Leaving Certificate Examination (including Day School Certificate (Higher) General paper), 1932
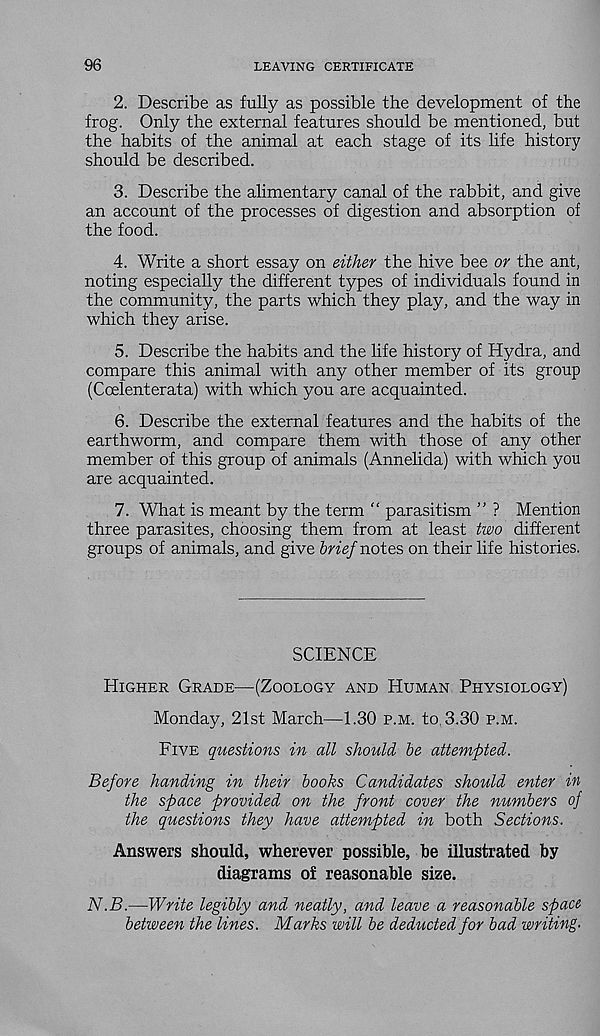
96
LEAVING CERTIFICATE
2. Describe as fully as possible the development of the
frog. Only the external features should be mentioned, but
the habits of the animal at each stage of its life history
should be described.
3. Describe the alimentary canal of the rabbit, and give
an account of the processes of digestion and absorption of
the food.
4. Write a short essay on either the hive bee or the ant,
noting especially the different types of individuals found in
the community, the parts which they play, and the way in
which they arise.
5. Describe the habits and the life history of Hydra, and
compare this animal with any other member of its group
(Coelenterata) with which you are acquainted.
6. Describe the external features and the habits of the
earthworm, and compare them with those of any other
member of this group of animals (Annelida) with which you
are acquainted.
7. What is meant by the term “ parasitism ” ? Mention
three parasites, choosing them from at least two different
groups of animals, and give brief notes on their life histories.
SCIENCE
Higher Grade—(Zoology and Human Physiology)
Monday, 21st March—1.30 p.m. to. 3.30 p.m.
Five questions in all should be attempted.
Before handing in their books Candidates should enter in
the space provided on the front cover the numbers of
the questions they have attempted in both Sections.
Answers should, wherever possible, be illustrated by
diagrams of reasonable size.
N.B.—Write legibly and neatly, and leave a reasonable space
between the lines. Marks will be deducted for bad writing.